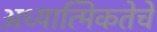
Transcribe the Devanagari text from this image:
अध्यात्मिकतेचे